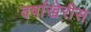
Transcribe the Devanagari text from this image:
वर्षाखेरीस